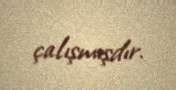
çalışmışdır.